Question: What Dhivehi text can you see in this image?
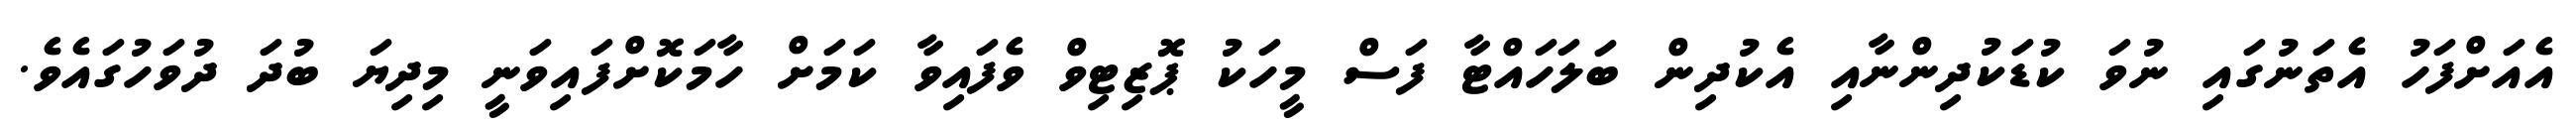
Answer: އެއަށްފަހު އެތަނުގައި ނުވަ ކުޑަކުދިންނާއި އެކުދިން ބަލަހައްޓާ ފަސް މީހަކު ޕޮޒިޓިވް ވެފައިވާ ކަމަށް ހާމަކޮށްފައިވަނީ މިދިޔަ ބުދަ ދުވަހުގައެވެ.